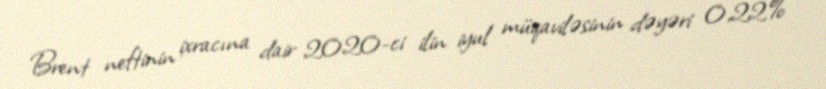
Brent neftinin ixracına dair 2020-ci ilin iyul müqaviləsinin dəyəri 0,22%